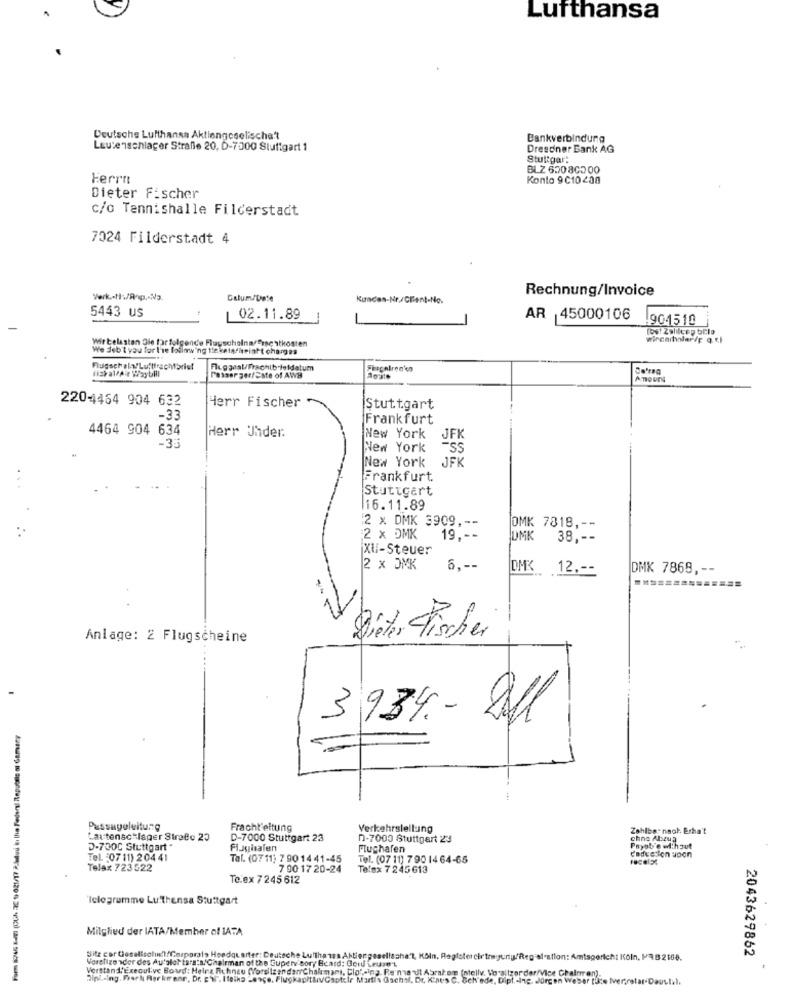
Lufthansa
Deutsche Lufthansa Aktiengcselischa?
Bankverbindung
Leutenschlager Strafle 20, 6-7500 Stuttgart 1
Dresdner Bank AG
Stuttgar:
Herrn
Konto 9 C10 200
Dieter Fischer
c/o Tennishalle Filderstadt
7024 Filderstadt 4
Rechnung/Invoice
Calum/Date
Kundes-Nr./Client-No.
5443 US
02.11.89
AR 45000106
904510
Wir belasten Gle tar folgende FlugscholnarErnestkosten
We Jeb't you for the following the kets heinft charges
fish allAlr Waytill
Flugmeal/Frachib loldatum
Passer ger/ Sste of AWH
Amount
2204464 904 632
Herr Fischer
Stuttgart
-33
Frankfurt
4464 904 634
Herr Uhder.
New York
JFK
New York
-SS
New York
JFK
Frankfurt.
Stuttgart
16.11.89
2 × DMK 3909 ,--
OMK 7818 ,--
2 x DMK
19 ,--
DMK
38 ,--
XU/-Steuer
2 x OMK
6 .--
DMK 12 ,--
DMK 7869, --
Anlage: 2 Flugscheine
Dieter Fischer
3934 .- 21l
Form 8245 Kall (DUN 2E 9) 021/17 Autuu kı the Federal Republic or Gamary
Passageleitung
Fracht'eitung
Verkehrsleilung
Zahlbar naol. Erha't
Lautensc lager StroBo 20
D-7000 Stuttgart 23
n-7000 Stuttgart 23
chno Abzua
D-700C Stuttgart "
Flugisalen
Flughafen
Paysb'e wihaut
Caduction upon
Tel. : 07 11) 20441
Tel. (07 11) 7 90 14 41-45
Tel. (07 11) 7 90 14 64-65
Telax 723522
7 00 17 20-24
Telsx 7 245613
Te.ex 7 245 612
'Iclogrumme Lu thensa Stuttgart
Mitglied der IATA/Member of IATA
Sitz cortoselischn'l/Corporal> Headquarter: Deutsche Lufthansa Aktiengesellschaft, KOIn, Register cirthegung/Regel-ation: Amtsgericht Köln, PB 2168.
Vorelizo sder des Au'slot tars:s. Chairman of the Cuperv'sor/ Bcard: Geil Leuze's
2043629862
Verstand Executive Boud: Heinz Richnau (Yoreizen darrChakmami, Clo" .- ing. Be'ma dt Abraten (nelly. Vorsitzorder/Vice Chairran).
Dipl .- ing. Frark Rer krenn, Dr. Bwl". I folks Lerce. FlugkapitanGaptale Martis Gachsl, De Kines C. Beh'ede, Dipt. - ing. Jürgen Weber [3:e Iver,catar Daust.l.